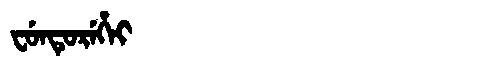
Manchu: ᠸᡠᠨᡨᡠᡵᡝᡥᡝᡳ
Romanization: FUNTUREHEI